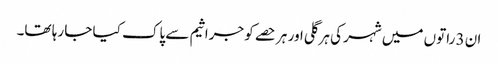
ان 3 راتوں میں شہر کی ہر گلی اور ہر حصے کو جراثیم سے پاک کیا جا رہا تھا۔